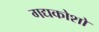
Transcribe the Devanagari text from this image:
गद्यकोशों